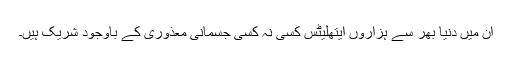
اِن میں دنیا بھر سے ہزاروں ایتھلیٹس کسی نہ کسی جسمانی معذوری کے باوجود شریک ہیں۔